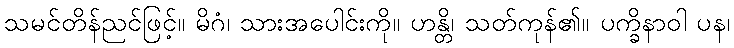
သမင်တိန်ညင်ဖြင့်။ မိဂံ၊ သားအပေါင်းကို။ ဟန္တိ၊ သတ်ကုန်၏။ ပက္ခိနာဝါ ပန၊